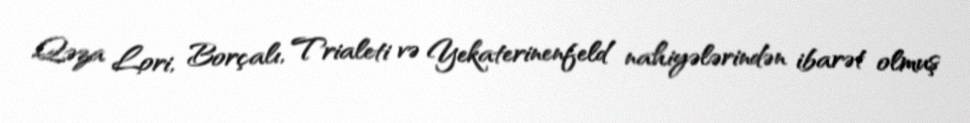
Qəza Lori, Borçalı, Trialeti və Yekaterinenfeld nahiyələrindən ibarət olmuş